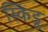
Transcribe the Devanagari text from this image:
स्किडू